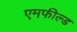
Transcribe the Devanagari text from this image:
एमफील्ड